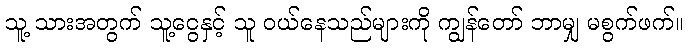
သူ့ သားအတွက် သူ့ငွေနှင့် သူ ဝယ်နေသည်များကို ကျွန်တော် ဘာမျှ မစွက်ဖက်။